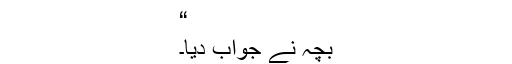
“
بچہ نے جواب دیا۔